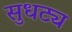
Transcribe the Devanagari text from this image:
सुधट्य